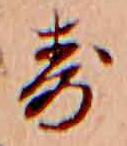
寿